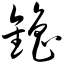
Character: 镥